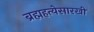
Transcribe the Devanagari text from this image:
ब्रह्महत्येसारखी